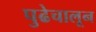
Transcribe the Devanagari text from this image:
पुढेचालून